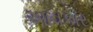
આવકાર